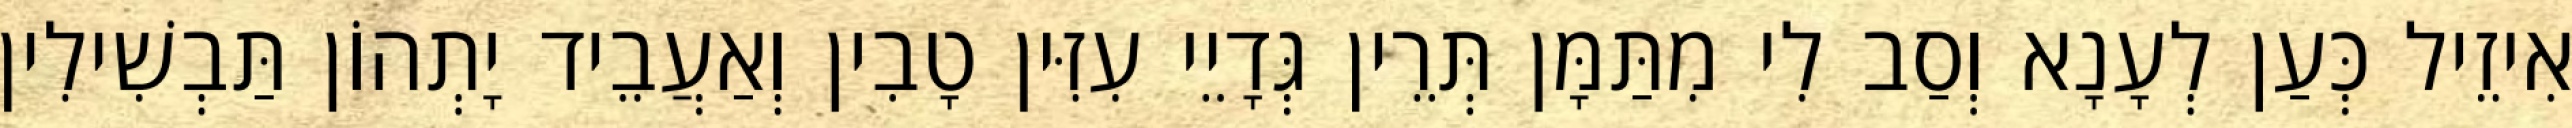
אִיזֵיל כְּעַן לְעָנָא וְסַב לִי מִתַּמָּן תְּרֵין גְּדָיֵי עִזִּין טָבִין וְאַעֲבֵיד יָתְהוֹן תַּבְשִׁילִין